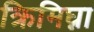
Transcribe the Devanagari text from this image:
क्रिमिघ्ना